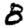
Digit: 8